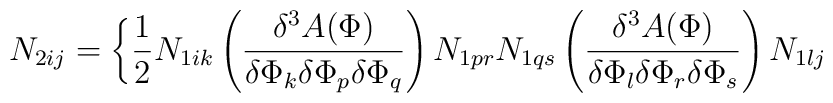
N_{2ij}=\bigg\{\frac{1}{2}N_{1ik}\left(\frac{\delta^3A(\Phi)}{\delta	\Phi_k\delta\Phi_p\delta\Phi_q}\right)N_{1pr}N_{1qs}\left(\frac{\delta^3	A(\Phi)}{\delta\Phi_l\delta\Phi_r\delta\Phi_s}\right)N_{1lj}